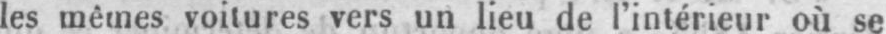
les mêmes voitures vers un lieu de l’intérieur où se